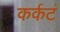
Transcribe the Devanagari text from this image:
कर्कटं